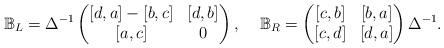
LaTeX: \begin{align*}\mathbb{B}_L=\Delta^{-1}\left(\begin{matrix}[d,a]-[b,c] & [d,b] \\ [a,c] & 0\end{matrix}\right),\;\;\;\;\mathbb{B}_R=\left(\begin{matrix}[c,b] & [b,a] \\ [c,d] & [d,a]\end{matrix}\right)\Delta^{-1}.\end{align*}